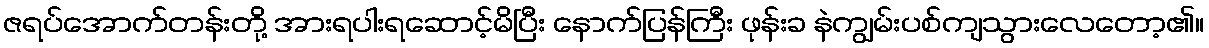
ဇရပ်အောက်တန်းတို့ အားရပါးရဆောင့်မိပြီး နောက်ပြန်ကြီး ဖုန်းခ နဲကျွမ်းပစ်ကျသွားလေတော့၏။